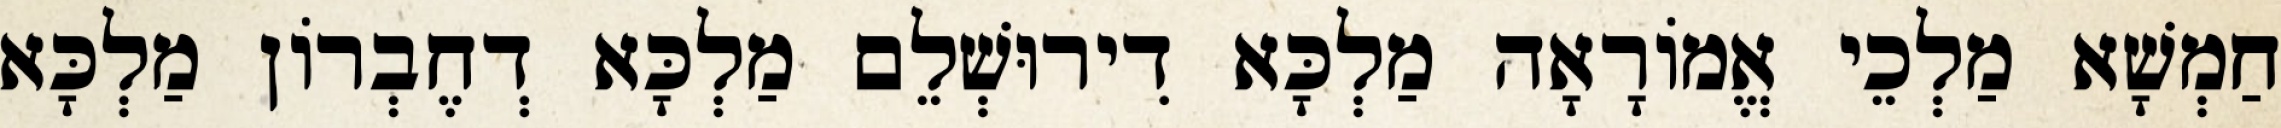
חַמְשָׁא מַלְכֵי אֱמוֹרָאָה מַלְכָּא דִירוּשְׁלֵם מַלְכָּא דְחֶבְרוֹן מַלְכָּא